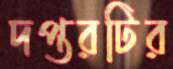
দপ্তরটির